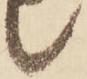
候